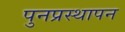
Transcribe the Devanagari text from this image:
पुनप्रस्थापन